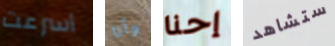
أسرعت وأنا إحنا ستشاهد